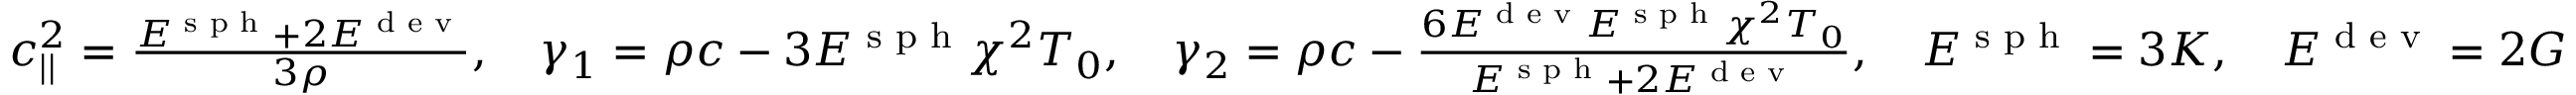
\begin{array} { r } { c _ { | | } ^ { 2 } = \frac { E ^ { \textrm { s p h } } + 2 E ^ { \textrm { d e v } } } { 3 \rho } , \quad \gamma _ { 1 } = \rho c - 3 E ^ { \textrm { s p h } } \chi ^ { 2 } T _ { 0 } , \quad \gamma _ { 2 } = \rho c - \frac { 6 E ^ { \textrm { d e v } } E ^ { \textrm { s p h } } \chi ^ { 2 } T _ { 0 } } { E ^ { \textrm { s p h } } + 2 E ^ { \textrm { d e v } } } , \quad E ^ { \textrm { s p h } } = 3 K , \quad E ^ { \textrm { d e v } } = 2 G } \end{array}